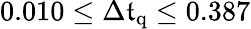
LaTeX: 0.010\leq\Delta\mathfrak{t}_{\mathrm{{q}}}\leq0.387